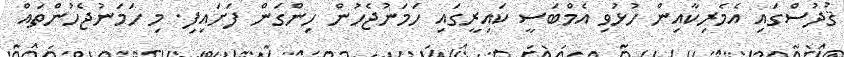
ޤުދުސްގައި އެމެރިކާއިން ހުޅުވި އެމްބަސީ ކައިރީގައި ހަމަނުޖެހުން ހިންގަން ފަށައިފި. މި ހަމަނުޖެހުންތައް